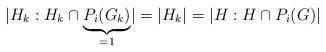
LaTeX: \begin{align*} \lvert H_k : H_k \cap \underbrace{P_i(G_k)}_{=1} \rvert = \lvert H_k \rvert = \lvert H : H \cap P_i(G) \rvert \end{align*}